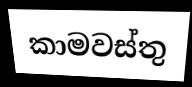
කාමවස්තු